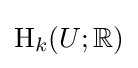
\operatorname {H} _{k}(U;\mathbb {R} )